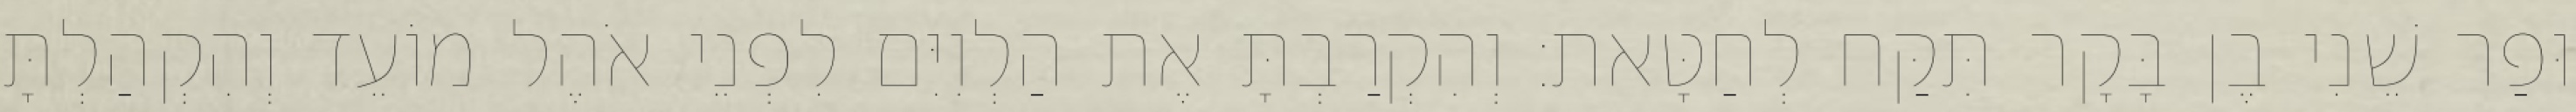
וּפַר שֵׁנִי בֶן בָּקָר תִּקַּח לְחַטָּאת׃ וְהִקְרַבְתָּ אֶת הַלְוִיִּם לִפְנֵי אֹהֶל מוֹעֵד וְהִקְהַלְתָּ